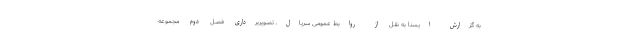
به گزارش ایسنا به نقل از روابط عمومی سریال، تصویربرداری فصل دوم مجموعه